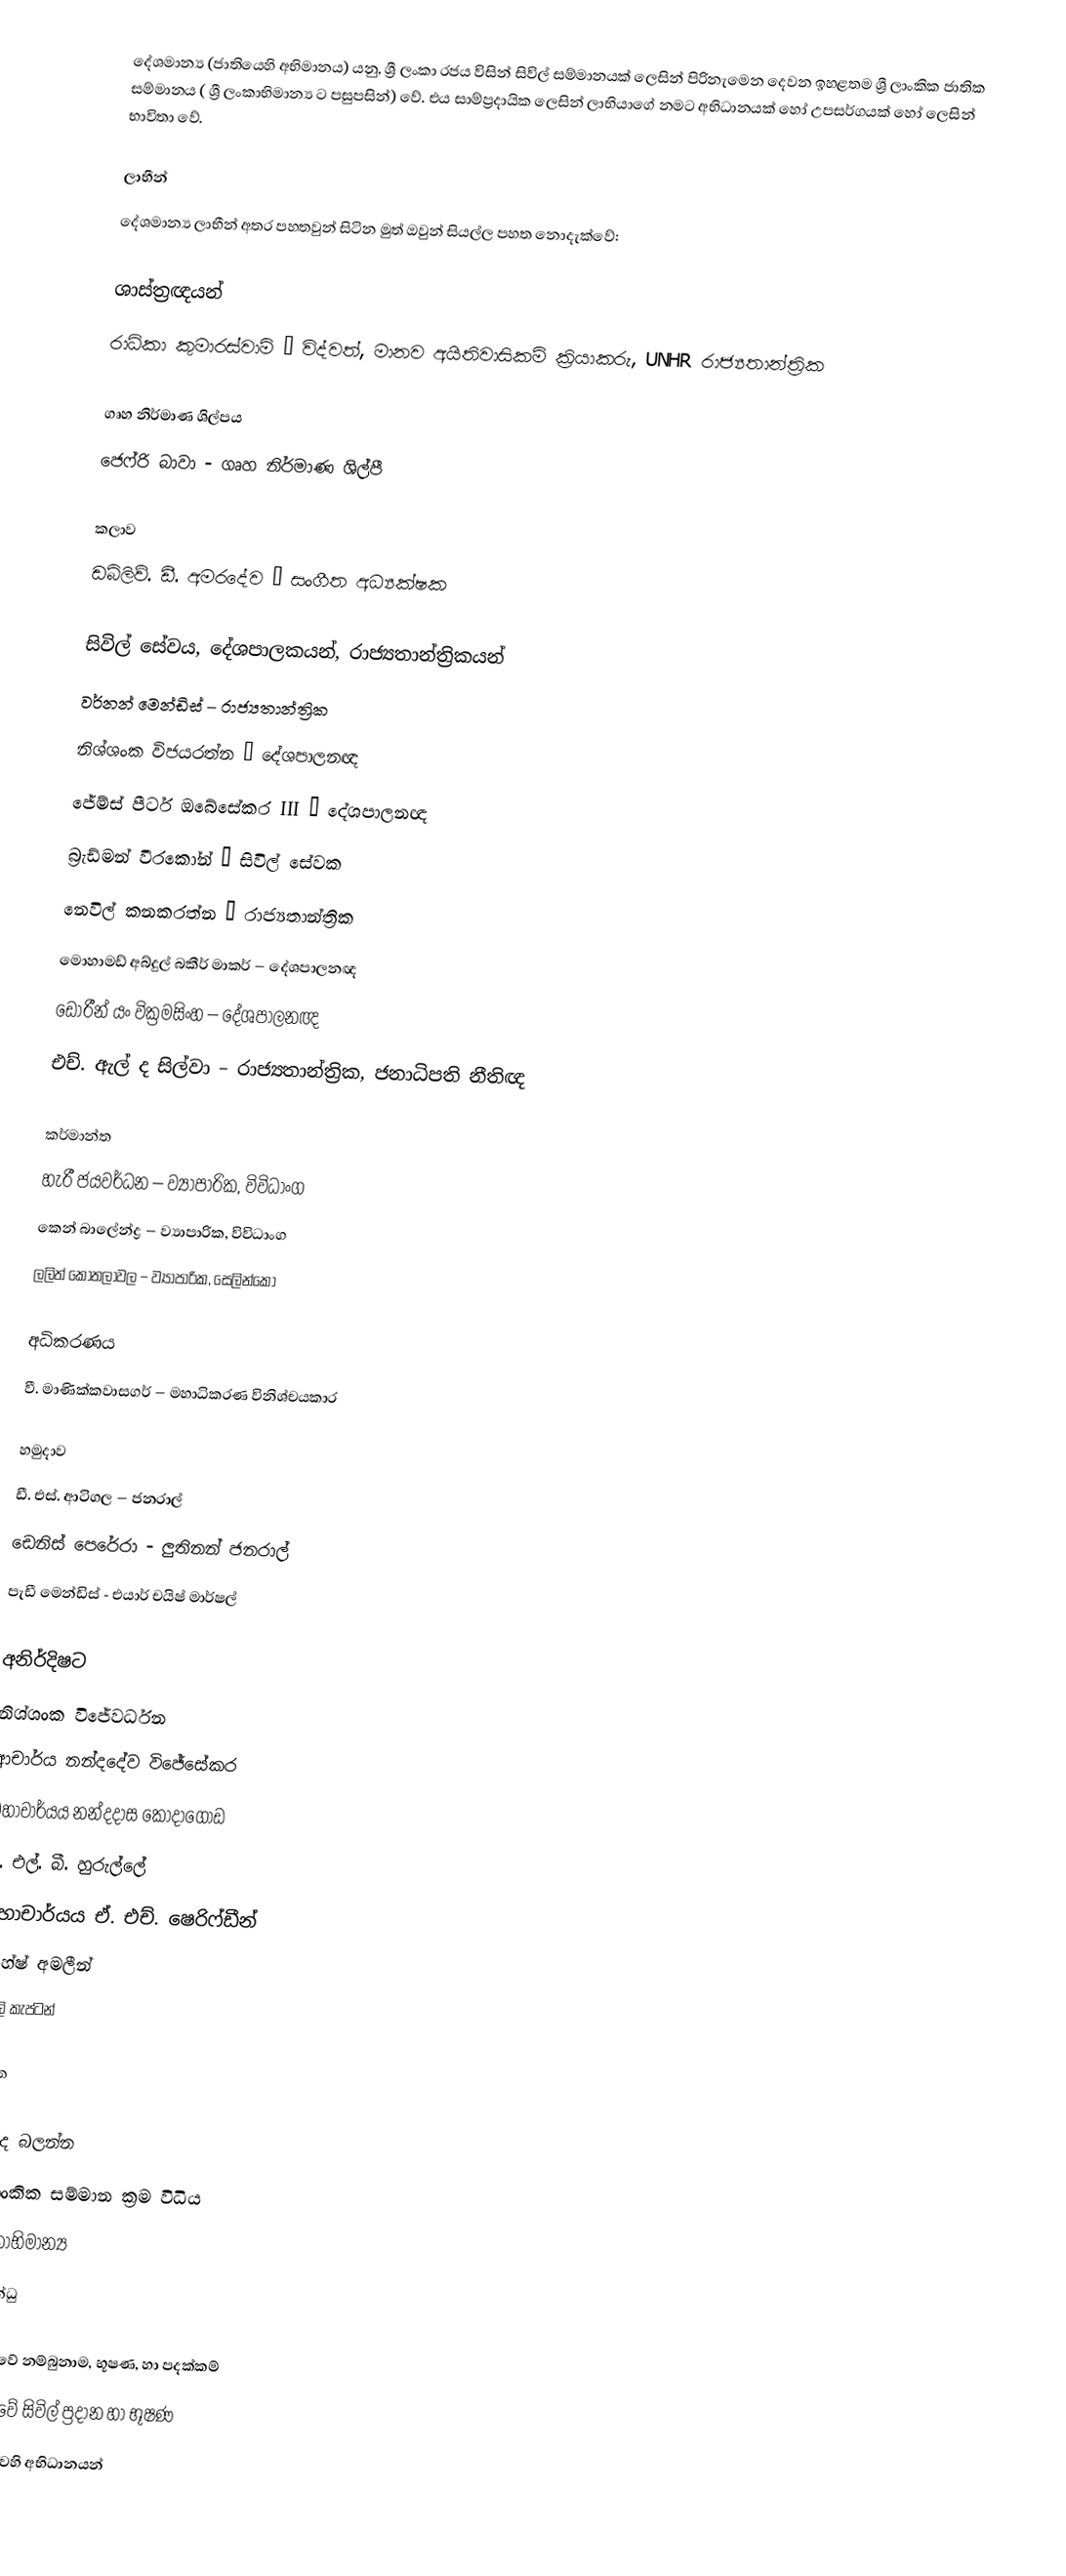
දේශමාන්‍ය (‍ජාතියෙහි අභිමානය) යනු,  ශ්‍රී ලංකා රජය විසින්  සිවිල් සම්මානයක් ‍ලෙසින් පිරිනැමෙන දෙවන ඉහළතම ශ්‍රී ලාංකික ජාතික සම්මානය ( ශ්‍රී ලංකාභිමාන්‍ය ට පසුපසින්) වේ. එය සාම්ප්‍රදායික ලෙසින් ලාභියාගේ නමට  අභිධානයක් හෝ උපසර්ගයක් හෝ ලෙසින් භාවිතා ‍වේ.

ලාභීන්
‍දේශමාන්‍ය ලාභීන් අතර පහතවුන් සිටින මුත් ඔවුන් සියල්ල පහත නොදැක්වේ:

ශාස්ත්‍රඥයන්
රාධිකා කුමාරස්වාමි – විද්වත්, මානව අයිතිවාසිකම් ක්‍රියාකරු, UNHR රාජ්‍යතාන්ත්‍රික

ගෘහ නිර්මාණ ශිල්පය
 ජෙෆ්රි බාවා - ගෘහ නිර්මාණ ශිල්පී

කලාව
 ඩබ්ලිව්. ඩී. අමරදේව – සංගීත අධ්‍යක්ෂක

සිවිල් සේවය, දේශපාලකයන්, රාජ්‍යතාන්ත්‍රිකයන්
 වර්නන් මෙන්ඩිස් – රාජ්‍යතාන්ත්‍රික
 නිශ්ශංක විජයරත්න – දේශපාලනඥ
 ජේම්ස් පීටර් ඔබේසේකර III – දේශපාලනඥ
 බ්‍රැඩ්මන් වීරකෝන් – සිවිල් සේවක
 නෙවිල් කනකරත්න – රාජ්‍යතාන්ත්‍රික
 මොහාමඩ් අබ්දුල් බකීර් මාකර් – දේශපාලනඥ
 ඩොරීන් යං වික්‍රමසිංහ – දේශපාලනඥ
 එච්. ඇල් ද සිල්වා – රාජ්‍යතාන්ත්‍රික, ජනාධිපති නීතිඥ

කර්මාන්ත
 හැරී ජයවර්ධන – ව්‍යාපාරික, විවිධාංග
 කෙන් බාලේන්ද්‍ර – ව්‍යාපාරික, විවිධාංග
 ලලිත් කොතලාවල – ව්‍යාපාරික, සෙලින්කෝ

අධිකරණය
 වී. මාණික්කවාසගර් – මහාධිකරණ විනිශ්චයකාර

හමුදාව
 ඩී. එස්. ආටිගල – ජනරාල්
 ඩෙනිස් පෙරේරා - ලුතිනන් ජනරාල්
 පැඩී මෙන්ඩිස් - එයාර් චයිෂ් මාර්ෂල්

අනිර්දිෂට
නිශ්ශංක විජේවර්ධන
ආචාර්ය නන්දදේව විජේසේකර
මහාචාර්යය නන්දදාස කෝදාගොඩ
ඊ. එල්. බී. හුරුල්ලේ
මහාචාර්යය ඒ. එච්. ෂෙරිෆ්ඩීන්
මහේෂ් අමලීන්
සෝලි කැප්ටන්

ආශ්‍රිත

මෙයද බලන්න
ශ්‍රී ලාංකික සම්මාන ක්‍රම විධිය
ශ්‍රී ලංකාභිමාන්‍ය
දේශබන්ධු

ශ්‍රී ලංකා‍වේ නම්බුනාම, භූෂණ, හා පදක්කම්
ශ්‍රී ලංකාවේ සිවිල් ප්‍රදාන හා භූෂණ
ශ්‍රී ලංකාවෙහි අභිධානයන්